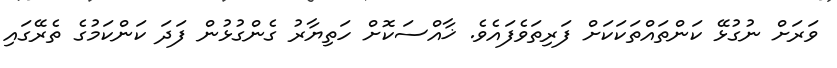
ވަރަށް ނުގުޅޭ ކަންތައްތަކަކަށް ފަރިތަވެފައެވެ. ޚާއްސަކޮށް ހަތިޔާރު ގެންގުޅުން ފަދަ ކަންކަމުގެ ތެރޭގައި